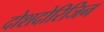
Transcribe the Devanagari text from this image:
दोशदोरिजिन